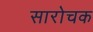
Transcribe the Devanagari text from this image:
सारोचक